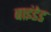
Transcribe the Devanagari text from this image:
बाइंडेड